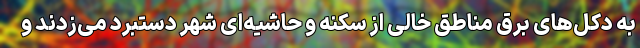
به دکل‌های برق مناطق خالی از سکنه و حاشیه‌ای شهر دستبرد می‌زدند و